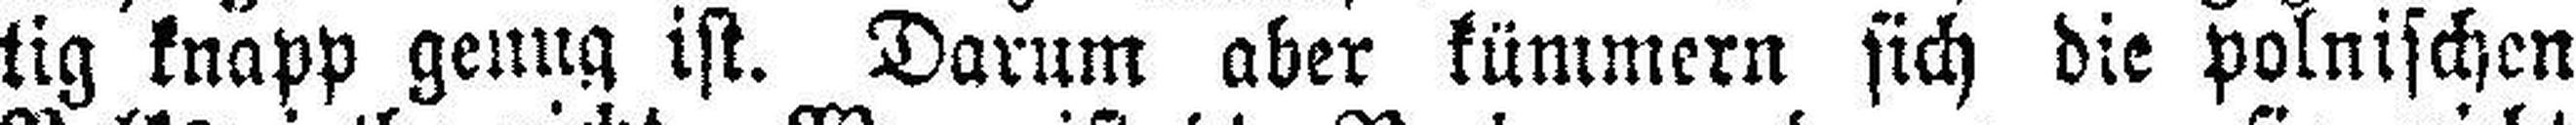
tig knapp genug ist. Darum aber kümmern sich die polnischen